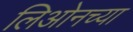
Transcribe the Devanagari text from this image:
लिओनच्या